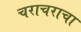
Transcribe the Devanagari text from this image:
चराचराचा